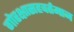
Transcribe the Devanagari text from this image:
गोरक्षासहवर्तमान